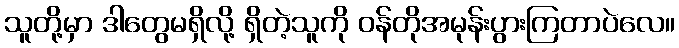
သူတို့မှာ ဒါတွေမရှိလို့ ရှိတဲ့သူကို ဝန်တိုအမုန်းပွားကြတာပဲလေ။